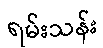
ရမ်းသန်း